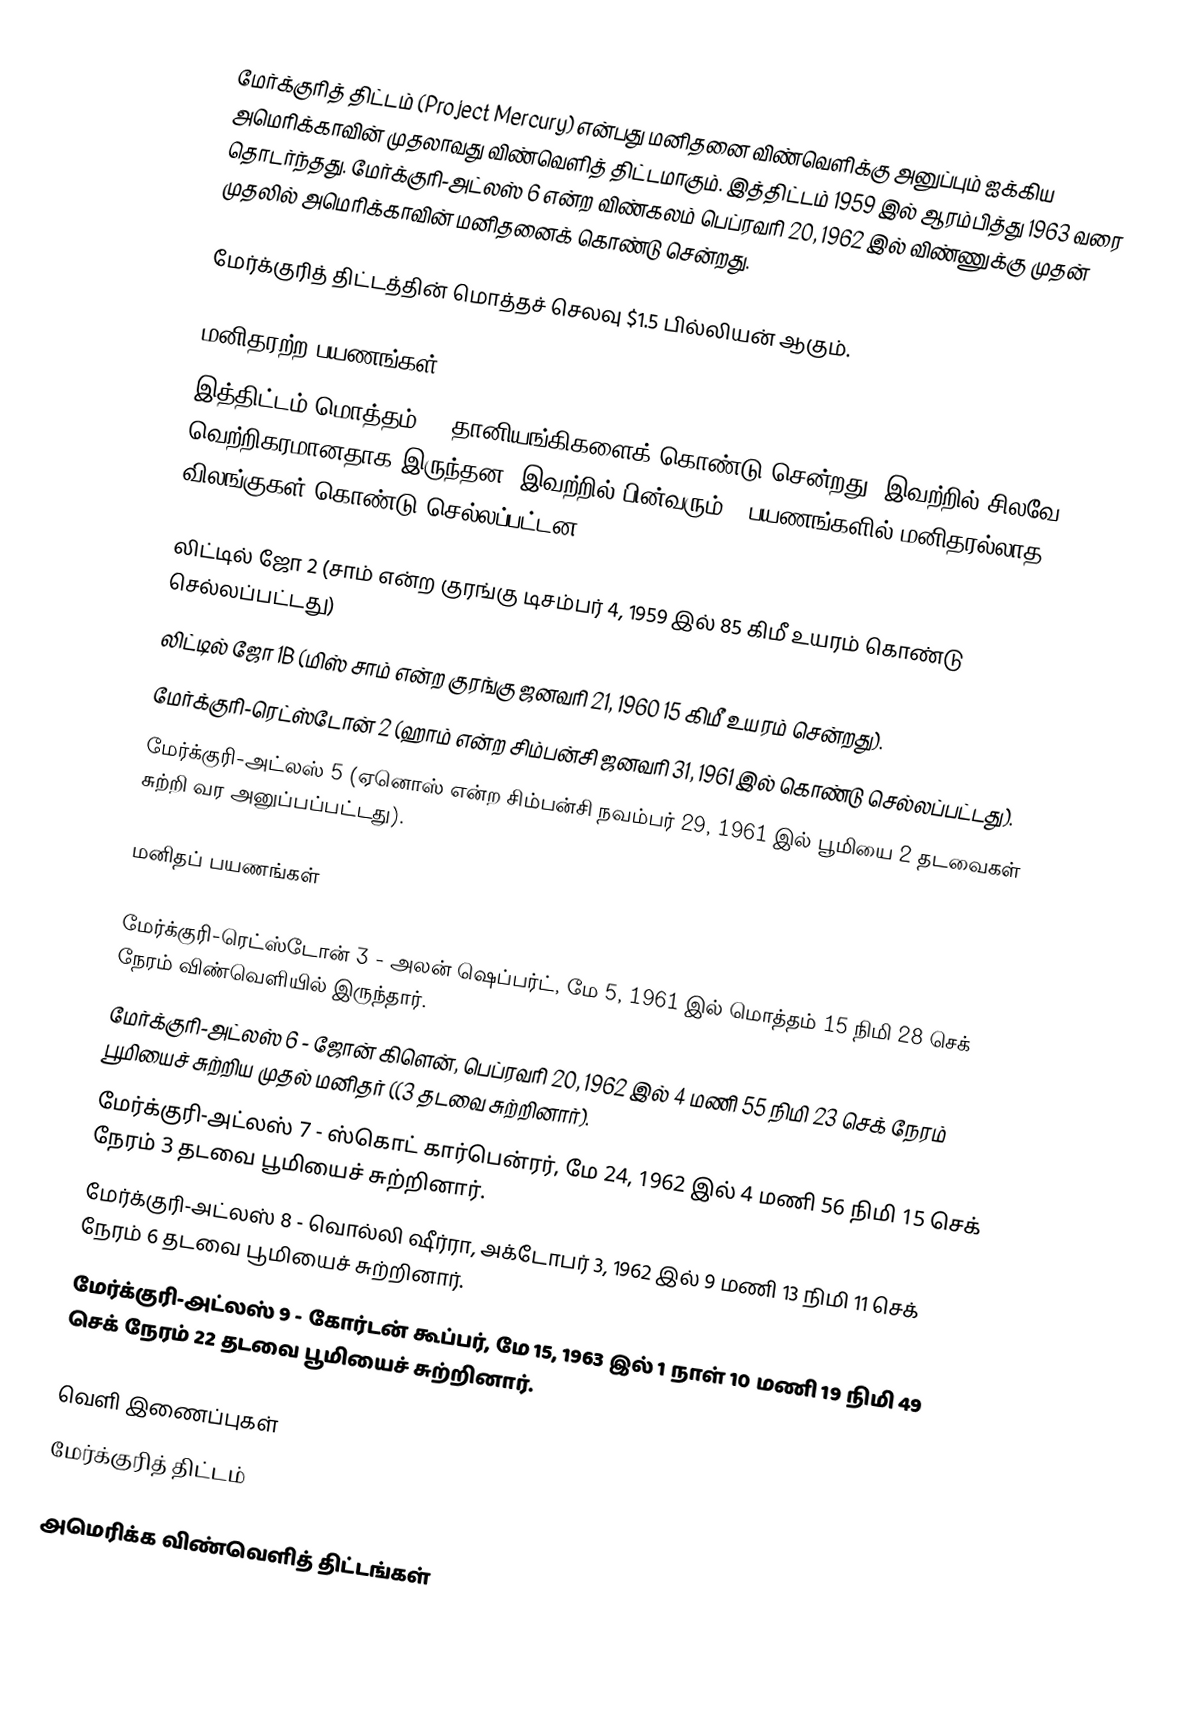
மேர்க்குரித் திட்டம் (Project Mercury) என்பது மனிதனை விண்வெளிக்கு அனுப்பும் ஐக்கிய அமெரிக்காவின் முதலாவது விண்வெளித் திட்டமாகும். இத்திட்டம் 1959 இல் ஆரம்பித்து 1963 வரை தொடர்ந்தது. மேர்க்குரி-அட்லஸ் 6 என்ற விண்கலம் பெப்ரவரி 20, 1962 இல் விண்ணுக்கு முதன் முதலில் அமெரிக்காவின் மனிதனைக் கொண்டு சென்றது.

மேர்க்குரித் திட்டத்தின் மொத்தச் செலவு $1.5 பில்லியன் ஆகும்.

மனிதரற்ற பயணங்கள்
இத்திட்டம் மொத்தம் 20 தானியங்கிகளைக் கொண்டு சென்றது. இவற்றில் சிலவே வெற்றிகரமானதாக இருந்தன. இவற்றில் பின்வரும் 4 பயணங்களில் மனிதரல்லாத விலங்குகள் கொண்டு செல்லப்பட்டன.

 லிட்டில் ஜோ 2 (சாம் என்ற குரங்கு டிசம்பர் 4, 1959 இல் 85 கிமீ உயரம் கொண்டு செல்லப்பட்டது)
 லிட்டில் ஜோ 1B (மிஸ் சாம் என்ற குரங்கு ஜனவரி 21, 1960 15 கிமீ உயரம் சென்றது).
 மேர்க்குரி-ரெட்ஸ்டோன் 2 (ஹாம் என்ற சிம்பன்சி ஜனவரி 31, 1961 இல் கொண்டு செல்லப்பட்டது).
 மேர்க்குரி-அட்லஸ் 5 (ஏனொஸ் என்ற சிம்பன்சி நவம்பர் 29, 1961 இல் பூமியை 2 தடவைகள் சுற்றி வர அனுப்பப்பட்டது).

மனிதப் பயணங்கள்

 மேர்க்குரி-ரெட்ஸ்டோன் 3 - அலன் ஷெப்பர்ட், மே 5, 1961 இல் மொத்தம் 15 நிமி 28 செக் நேரம் விண்வெளியில் இருந்தார்.
 மேர்க்குரி-அட்லஸ் 6 - ஜோன் கிளென், பெப்ரவரி 20, 1962 இல் 4 மணி 55 நிமி 23 செக் நேரம் பூமியைச் சுற்றிய முதல் மனிதர் ((3 தடவை சுற்றினார்).
 மேர்க்குரி-அட்லஸ் 7 - ஸ்கொட் கார்பென்ரர், மே 24, 1962 இல் 4 மணி 56 நிமி 15 செக் நேரம் 3 தடவை பூமியைச் சுற்றினார்.
 மேர்க்குரி-அட்லஸ் 8 - வொல்லி ஷீர்ரா, அக்டோபர் 3, 1962 இல் 9 மணி 13 நிமி 11 செக் நேரம் 6 தடவை பூமியைச் சுற்றினார்.
 மேர்க்குரி-அட்லஸ் 9 - கோர்டன் கூப்பர், மே 15, 1963 இல் 1 நாள் 10 மணி 19 நிமி 49 செக் நேரம் 22 தடவை பூமியைச் சுற்றினார்.

வெளி இணைப்புகள்
 மேர்க்குரித் திட்டம்

அமெரிக்க விண்வெளித் திட்டங்கள்